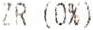
ZR (0%)